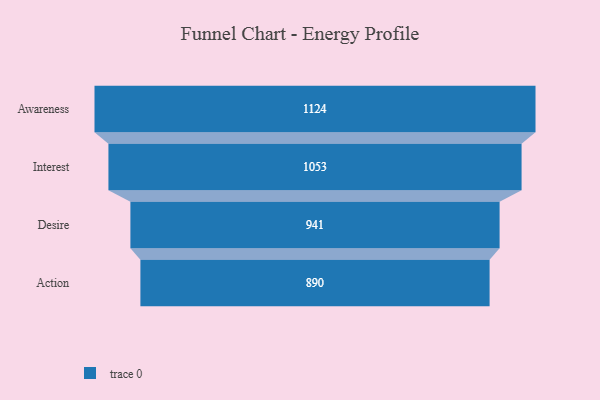
{"axis": {"x": "Stage", "y": "Value"}, "legend": [""], "data": [{"x": "Awareness", "y": 1124.0, "type": ""}, {"x": "Interest", "y": 1053.0, "type": ""}, {"x": "Desire", "y": 941.0, "type": ""}, {"x": "Action", "y": 890.0, "type": ""}]}